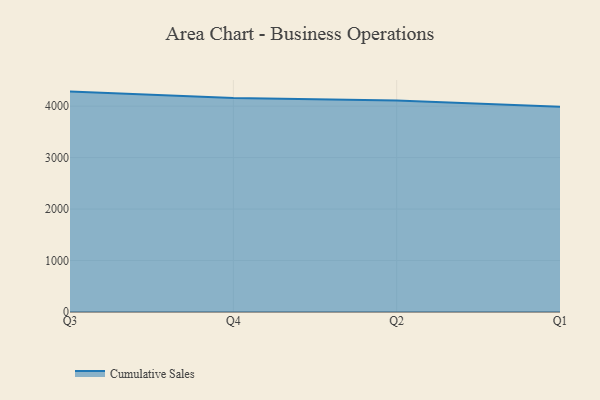
{"axis": {"x": "Quarter", "y": "Website Visitors"}, "legend": ["Cumulative Sales"], "data": [{"x": "Q3", "y": 4282.6, "type": "Cumulative Sales"}, {"x": "Q4", "y": 4157.5, "type": "Cumulative Sales"}, {"x": "Q2", "y": 4110.5, "type": "Cumulative Sales"}, {"x": "Q1", "y": 3987.5, "type": "Cumulative Sales"}]}